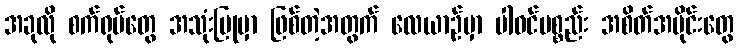
အခုလို စက်ရုပ်တွေ အသုံးပြုမှာ ဖြစ်တဲ့အတွက် လေယာဉ်မှာ ပါဝင်ပစ္စည်း အစိတ်အပိုင်းတွေ